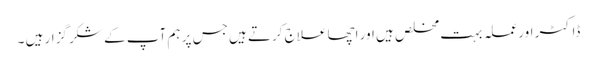
ڈاکٹر اورعملہ بہت مخلص ہیں اور اچھا علاج کرتے ہیں جس پر ہم آپ کے شکر گزار ہیں ۔